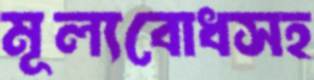
মূল্যবোধসহ